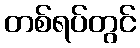
တစ်ရပ်တွင်